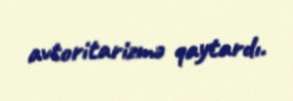
avtoritarizmə qaytardı.